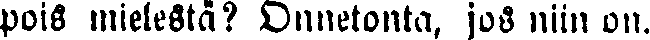
pois mielestä? Onnetonta, jos niin on.